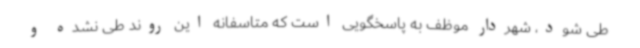
طی شود، شهردار موظف به پاسخگویی است که متاسفانه این روند طی نشده و